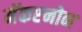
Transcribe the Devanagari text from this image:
मॅकएनोन